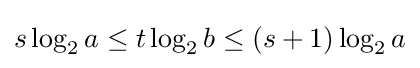
s\log _{2}a\leq t\log _{2}b\leq (s+1)\log _{2}a